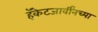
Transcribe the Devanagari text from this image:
हॅकेटजार्वींनच्या